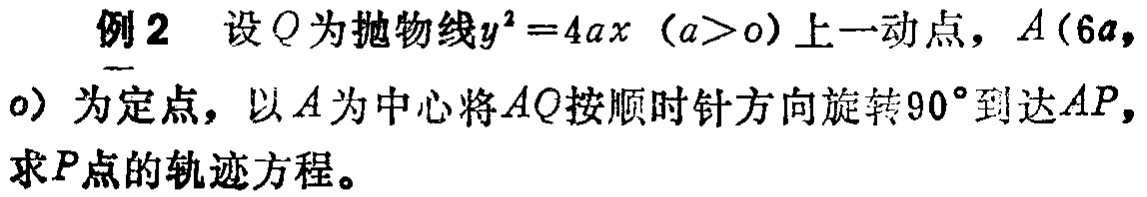
例2 设\(Q\)为抛物线\(y^{2}=4ax\)（\(a > 0\)）上一动点，\(A(6a,0)\)为定点，以\(A\)为中心将\(\overrightarrow{AQ}\)按顺时针方向旋转\(90^{\circ}\)到达\(\overrightarrow{AP}\)，求\(P\)点的轨迹方程。